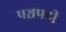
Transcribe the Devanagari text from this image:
पञ्चपदी